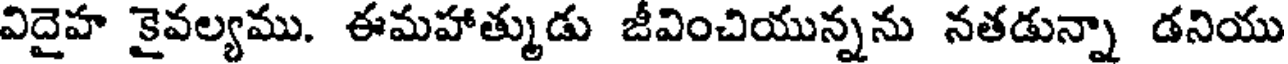
విదైహ కైవల్యము. ఈమహాత్ముడు జీవించియున్నను నతడున్నా డనియు